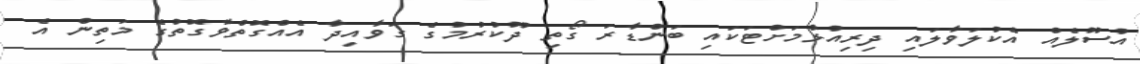
އުސޫލެއް އެކުލަވާލައި ދިރިއުޅުމަށްޓަކައި ބަންޑާރަ ގޯތި ދޫކުރުމުގެ ގަވާއިދާ އެއްގޮތްވާގޮތުގެ މަތިން އެ